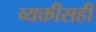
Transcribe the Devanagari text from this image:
व्यक्तीसही